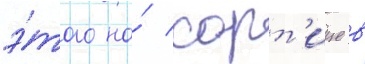
э́того на́ хорт'ице в